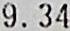
9.34